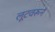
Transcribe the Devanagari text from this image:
लूटवरून